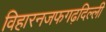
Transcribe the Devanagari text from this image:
विहारनजफगढ़दिल्ली